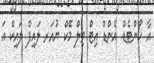
އާ ހޯންޓެޑް. އެންޑް އިޓް ވިލް މޭކް ޔުއަރ ލައިފް ލައިކް އަ